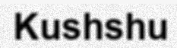
Kushshu